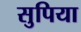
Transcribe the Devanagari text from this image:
सुपिया